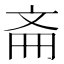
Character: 𫿯